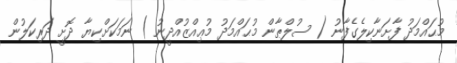
މުޙައްމަދު ފާށަނާކިލެގެފާނު ( ސުލްޠާން މުޙައްމަދު މުޢިއްޒުއްދީނު ) ނަމަކަށްކިޔާ ދޮށީ ދަރިކަލުން